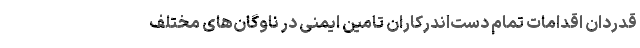
قدردان اقدامات تمام دست‌اندرکاران تامین ایمنی در ناوگان‌های مختلف